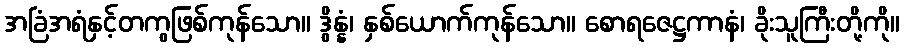
အခြံအရံနှင့်တကွဖြစ်ကုန်သော။ ဒွိန္နံ၊ နှစ်ယောက်ကုန်သော။ စောရဇေဋ္ဌကာနံ၊ ခိုးသူကြီးတို့ကို။